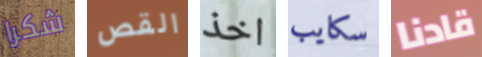
شكرا القص اخذ سكايب قادنا